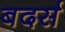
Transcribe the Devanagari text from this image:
बदर्स